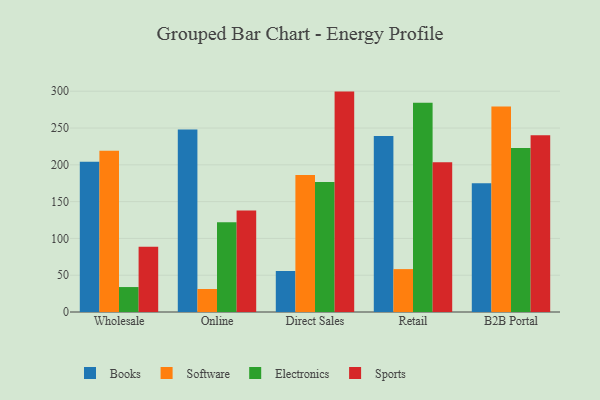
{"axis": {"x": "Channel", "y": "Shipments"}, "legend": ["Books", "Electronics", "Software", "Sports"], "data": [{"x": "Wholesale", "y": 204.2, "type": "Books"}, {"x": "Wholesale", "y": 219.2, "type": "Software"}, {"x": "Wholesale", "y": 33.9, "type": "Electronics"}, {"x": "Wholesale", "y": 88.6, "type": "Sports"}, {"x": "Online", "y": 247.9, "type": "Books"}, {"x": "Online", "y": 31.3, "type": "Software"}, {"x": "Online", "y": 121.8, "type": "Electronics"}, {"x": "Online", "y": 137.8, "type": "Sports"}, {"x": "Direct Sales", "y": 55.7, "type": "Books"}, {"x": "Direct Sales", "y": 186.3, "type": "Software"}, {"x": "Direct Sales", "y": 176.7, "type": "Electronics"}, {"x": "Direct Sales", "y": 299.5, "type": "Sports"}, {"x": "Retail", "y": 239.2, "type": "Books"}, {"x": "Retail", "y": 58.3, "type": "Software"}, {"x": "Retail", "y": 284.2, "type": "Electronics"}, {"x": "Retail", "y": 203.5, "type": "Sports"}, {"x": "B2B Portal", "y": 174.9, "type": "Books"}, {"x": "B2B Portal", "y": 279.3, "type": "Software"}, {"x": "B2B Portal", "y": 222.8, "type": "Electronics"}, {"x": "B2B Portal", "y": 240.1, "type": "Sports"}]}